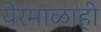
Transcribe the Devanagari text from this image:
येरमाळाही